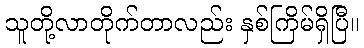
သူတို့လာတိုက်တာလည်း နှစ်ကြိမ်ရှိပြီ။